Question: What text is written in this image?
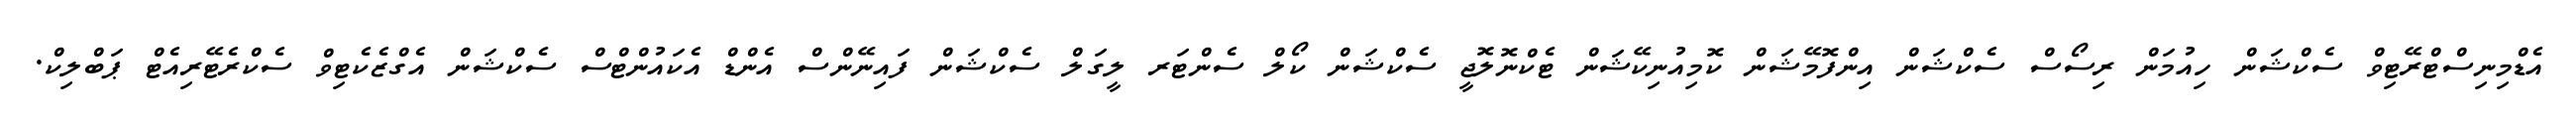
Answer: އެޑްމިނިސްޓްރޭޓިވް ސެކްޝަން ހިއުމަން ރިސޯސް ސެކްޝަން އިންފޮމޭޝަން ކޮމިއުނިކޭޝަން ޓެކްނޮލޮޖީ ސެކްޝަން ކޯލް ސެންޓަރ ލީގަލް ސެކްޝަން ފައިނޭންސް އެންޑް އެކައުންޓްސް ސެކްޝަން އެގްޒެކެޓިވް ސެކްރެޓޭރިއެޓް ޕަބްލިކް.